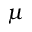
\mu